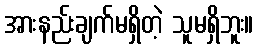
အားနည်းချက်မရှိတဲ့ သူမရှိဘူး။